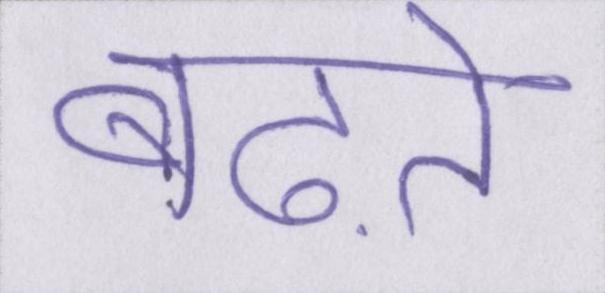
बढ़ते